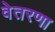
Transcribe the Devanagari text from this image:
वेतरणा